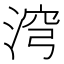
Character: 𣶆